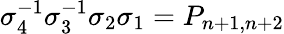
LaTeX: \sigma_{4}^{-1}\sigma_{3}^{-1}\sigma_{2}\sigma_{1}=P_{n+1,n+2}